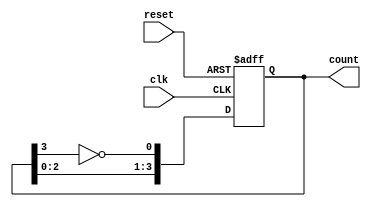
module johnson_counter #(
    parameter WIDTH = 4  // Bit width of the counter (must be even)
) (
    input wire clk,      // Clock signal
    input wire reset,    // Asynchronous reset
    output reg [WIDTH-1:0] count // Current state of the counter
);

    // Ensure the WIDTH parameter is even
    initial begin
        if (WIDTH % 2 != 0) begin
            $error("WIDTH must be an even number.");
            $finish;
        end
    end

    // Sequential logic for the Johnson counter
    always @(posedge clk or posedge reset) begin
        if (reset) begin
            count <= 0;  // Reset the counter to zero
        end else begin
            // Shift the bits and apply the twisted feedback
            count <= {count[WIDTH-2:0], ~count[WIDTH-1]};
        end
    end

endmodule